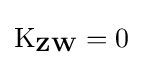
\operatorname {K} _{\mathbf {Z} \mathbf {W} }=0